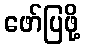
ဖော်ပြဖို့